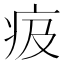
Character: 㽺